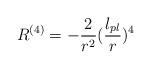
LaTeX: \begin{align*}R^{(4)}=-{2 \over r^2}({l_{pl} \over r})^4\end{align*}